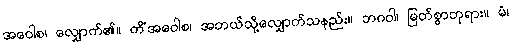
အဝေါစ၊ လျှောက်၏။ ကိံအဝေါစ၊ အဘယ်သို့လျှောက်သနည်း။ ဘဂဝါ၊ မြတ်စွာဘုရား။ မံ၊